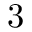
3